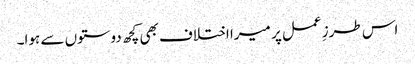
اس طرزِ عمل پر میرا اختلاف بھی کچھ دوستوں سے ہوا۔